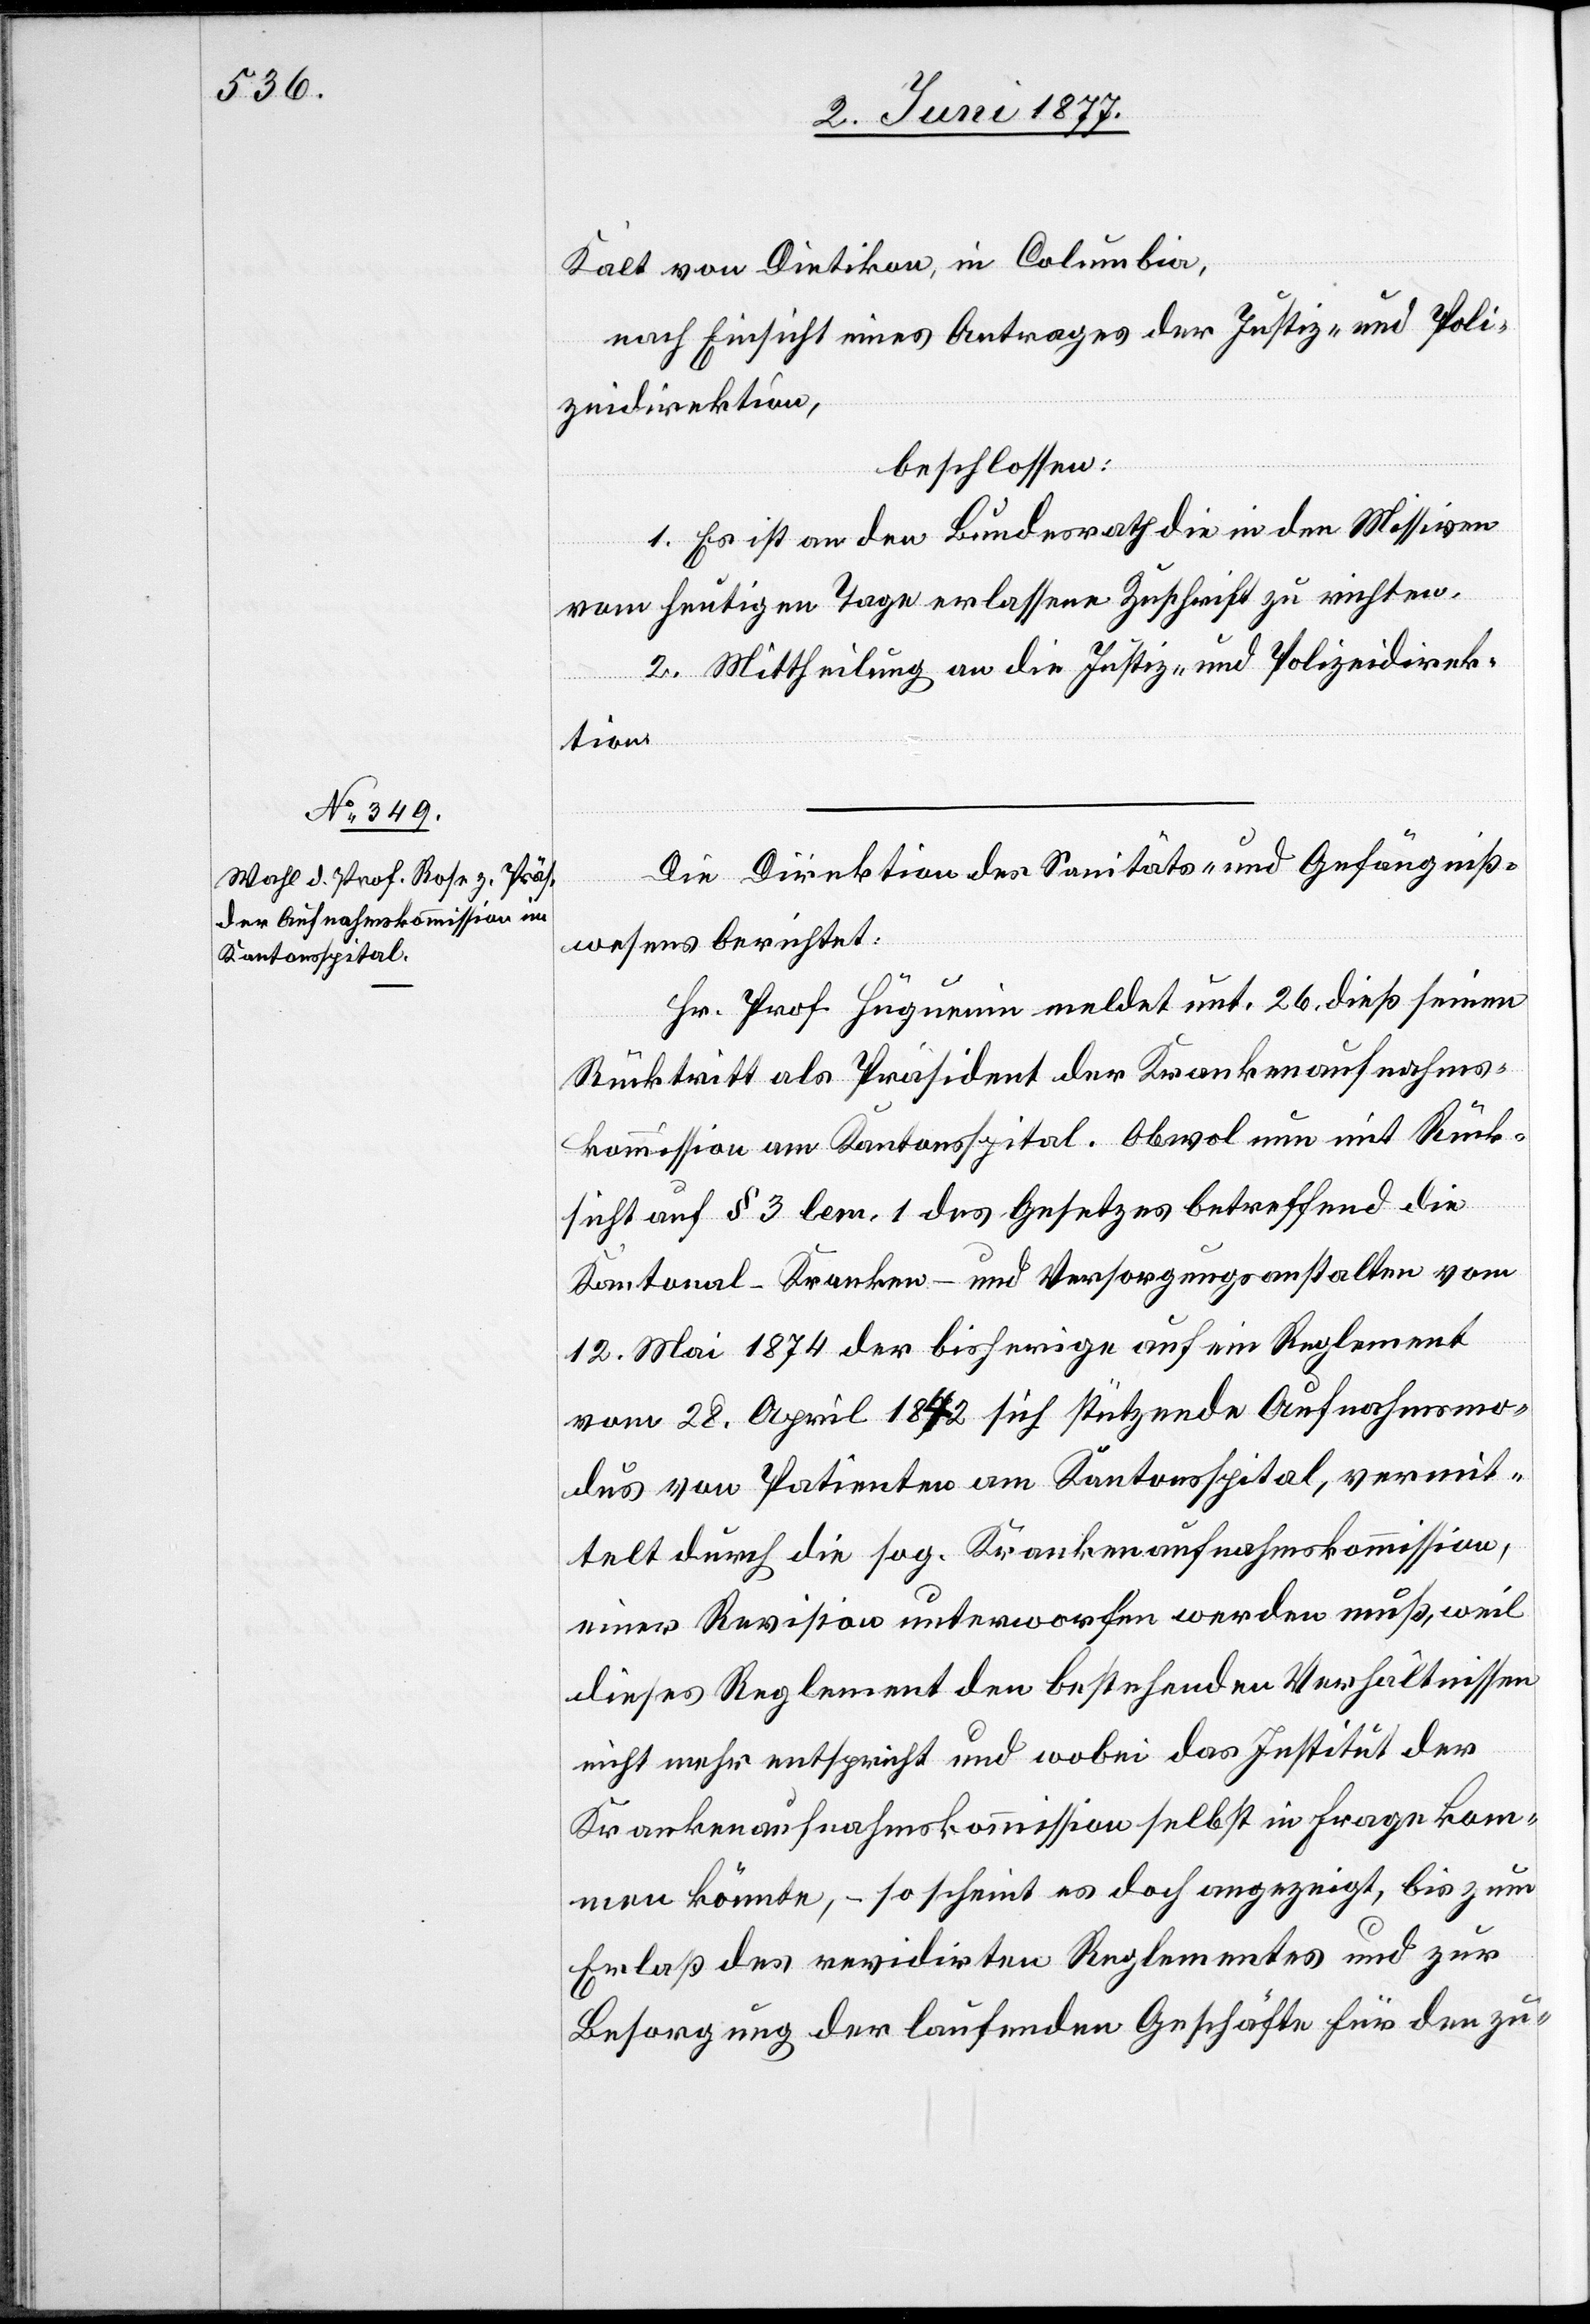
Kalt von Dietikon, in Columbia,
nach Einsicht eines Antrages der Justiz- und Poli¬
zeidirektion,
beschlossen:
1. Es ist an den Bundesrath die in den Missiven
vom heutigen Tage erlassene Zuschrift zu richten.
2. Mittheilung an die Justiz- und Polizeidirek¬
tion.
Die Direktion des Sanitäts- und Gefängniß¬
wesens berichtet:
Hr. Prof. Hüguenin meldet unt. 26. dieß seinen
Rücktritt als Präsident der Krankenaufnahms¬
kommission am Kantonsspital. Obwol nun mit Rück¬
sicht auf § 3 lem. 1 des Gesetzes betreffend die
Kantonal-Kranken- und Versorgungsanstalten vom
12. Mai 1874 der bisherige auf ein Reglement
vom 28. April 1842 sich stützende Aufnahmsmo¬
dus von Patienten am Kantonsspital, vermit¬
telt durch die sog. Krankenaufnahmskommission,
einer Revision unterworfen werden muß, weil
dieses Reglement den bestehenden Verhältnissen
nicht mehr entspricht und wobei das Institut der
Krankenaufnahmskommission selbst in Frage kom¬
men könnte, – so scheint es doch angezeigt, bis zum
Erlaß des revidirten Reglements und zur
Besorgung der laufenden Geschäfte für den zu-